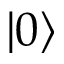
| 0 \rangle